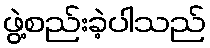
ဖွဲ့စည်းခဲ့ပါသည်